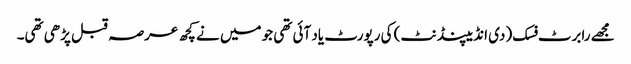
مجھے رابرٹ فسک (دی انڈیپنڈنٹ) کی رپورٹ یاد آئی تھی جو میں نے کچھ عرصہ قبل پڑھی تھی۔